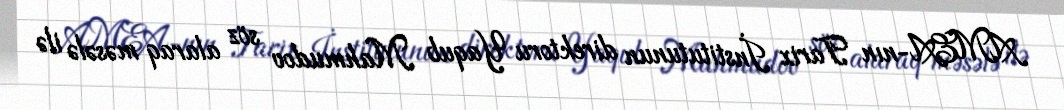
AMEA-nın Tarix İnstitutunun direktoru Yaqub Mahmudov söz alaraq məsələ ilə